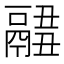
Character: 𩱂